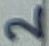
Text: 2